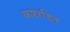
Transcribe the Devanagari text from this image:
कष्टरहित